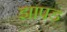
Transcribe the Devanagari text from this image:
झापड